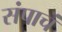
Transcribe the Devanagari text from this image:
संपाचं